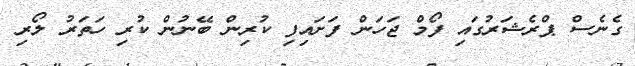
ގެނެސް ޕްރެޝަރުގައި ފޯމް ޖަހަން ފަށައިފި ކުރިން ބޭނުން ކުރި ހަތަރު ލޯރި